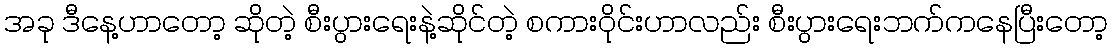
အခု ဒီနေ့ဟာတော့ ဆိုတဲ့ စီးပွားရေးနဲ့ဆိုင်တဲ့ စကားဝိုင်းဟာလည်း စီးပွားရေးဘက်ကနေပြီးတော့